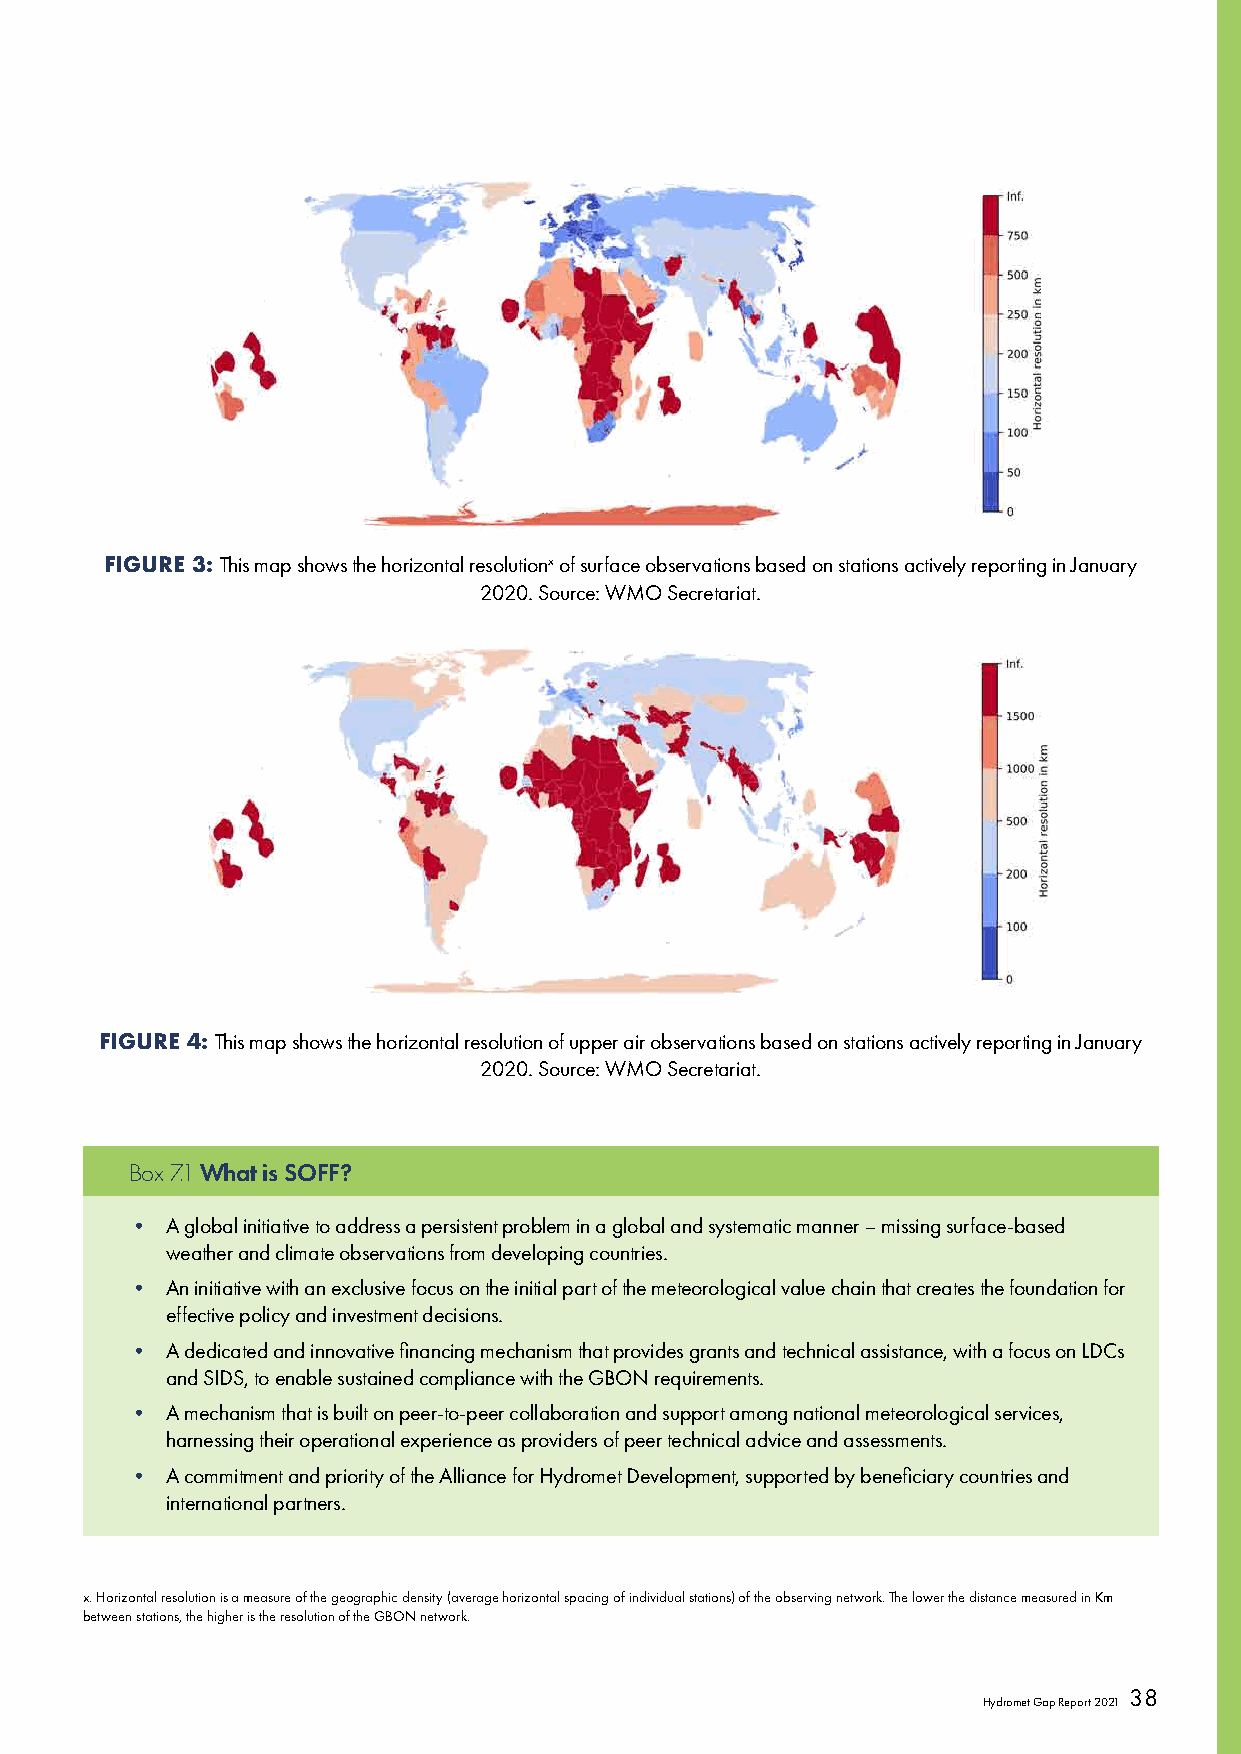
FIGURE 3: This map shows the horizontal resolutionx of surface observations based on stations actively reporting in January
 2020. Source: WMO Secretariat.
 FIGURE 4: This map shows the horizontal resolution of upper air observations based on stations actively reporting in January
 2020. Source: WMO Secretariat.
 Box 7.1 What is SOFF?
 •  A global initiative to address a persistent problem in a global and systematic manner – missing surface-based
 weather and climate observations from developing countries.
 •  An initiative with an exclusive focus on the initial part of the meteorological value chain that creates the foundation for
 effective policy and investment decisions.
 •  A dedicated and innovative financing mechanism that provides grants and technical assistance, with a focus on LDCs
 and SIDS, to enable sustained compliance with the GBON requirements.
 •  A mechanism that is built on peer-to-peer collaboration and support among national meteorological services,
 harnessing their operational experience as providers of peer technical advice and assessments.
 •  A commitment and priority of the Alliance for Hydromet Development, supported by beneficiary countries and
 international partners.
 x. Horizontal resolution is a measure of the geographic density (average horizontal spacing of individual stations) of the observing network. The lower the distance measured in Km
 between stations, the higher is the resolution of the GBON network.
 38
 Hydromet Gap Report 2021